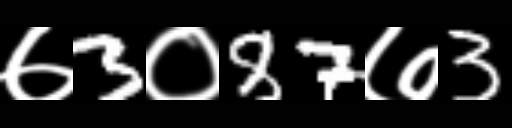
Text: ७3०87७3